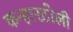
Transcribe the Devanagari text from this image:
कन्हारटोली